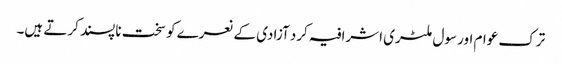
ترک عوام اور سول ملٹری اشرافیہ کرد آزادی کے نعرے کو سخت ناپسند کرتے ہیں۔